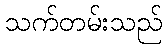
သက်တမ်းသည်